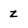
Character: z